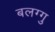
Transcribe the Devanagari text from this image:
बलग्गु